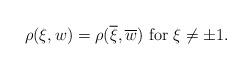
LaTeX: \begin{align*}\rho(\xi, w) = \rho(\overline{\xi},\overline{w}) {\rm\ for\ } \xi\ne \pm 1.\end{align*}